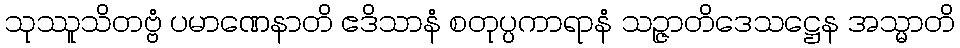
သုဿူသိတဗ္ဗံ ပမာဏေနာတိ ဧဒိသာနံ စတုပ္ပကာရာနံ သဉ္ဇာတိဒေသဋ္ဌေန အသ္မာတိ